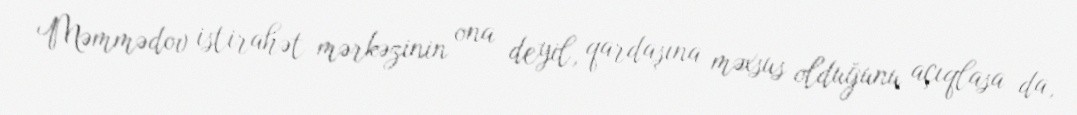
Məmmədov istirahət mərkəzinin ona deyil, qardaşına məxsus olduğunu açıqlasa da,